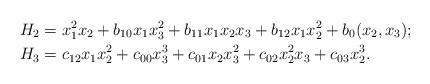
LaTeX: \begin{align*}H_2&=x_1^2x_2+b_{10}x_1x_3^2+b_{11}x_1x_2x_3+b_{12}x_1x_2^2+b_0(x_2,x_3)\mbox{;}\\H_3&=c_{12}x_1x_2^2+c_{00}x_3^3+c_{01}x_2x_3^2+c_{02}x_2^2x_3+c_{03}x_2^3\mbox{.}\end{align*}